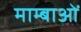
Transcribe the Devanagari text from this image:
माम्बाओं